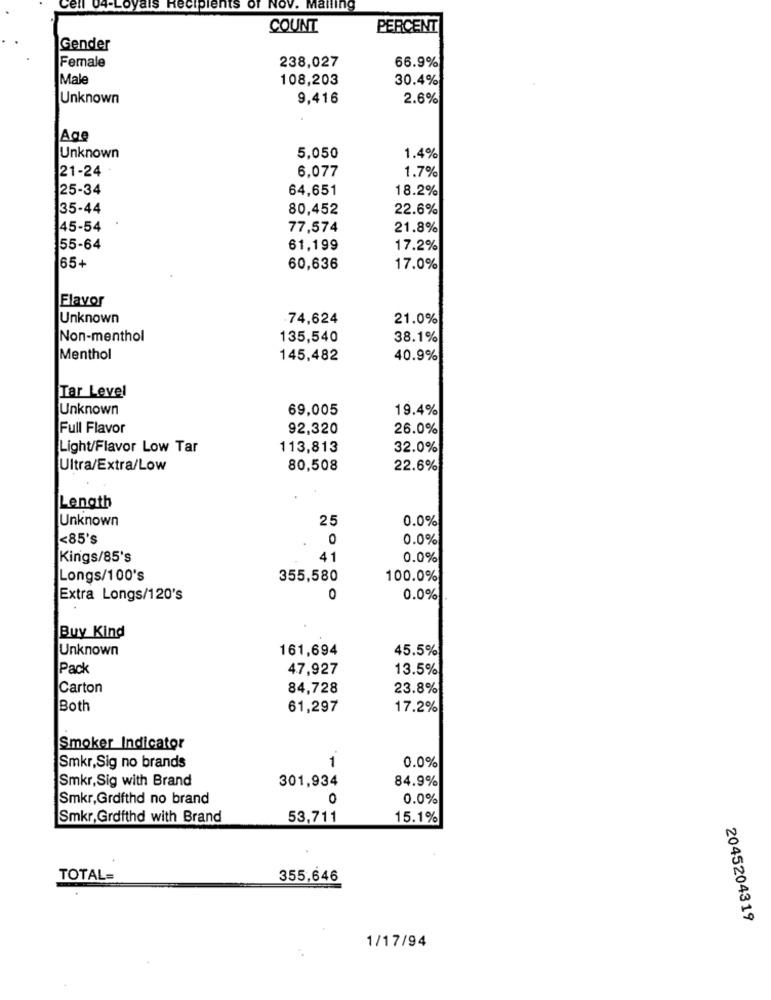
Cell
ils Recipients of Nov. Mailing
COUNT
PERCENT
Gender
Female
238,027
66.9%
Male
108,203
30.4%
Unknown
9,416
2.6%
Age
Unknown
5,050
1.4%
21-24
1.7%
6,077
25-34
64,651
18.2%
35-44
80,452
22.6%
45-54
77,574
21.8%
55-64
61,199
17.2%
65+
60,636
17.0%
Flavor
Unknown
74,624
21.0%
Non-menthol
135,540
38.1%
Menthol
145,482
40.9%
Tar Level
Unknown
69,005
19.4%
Full Flavor
92,320
26.0%
Light/Flavor Low Tar
113,813
32.0%
Ultra/Extra/Low
80,508
22.6%
Length
Unknown
25
0.0%
<85's
0
0.0%
Kings/85's
41
0.0%
Longs/100's
355,580
100.0%
Extra Longs/120's
0
0.0%
Buy Kind
Unknown
161,694
45.5%
Pack
47,927
13.5%
Carton
84,728
23.8%
Both
61,297
17.2%
Smoker Indicator
1
0.0%
Smkr,Sig no brands
Smkr,Sig with Brand
301,934
84.9%
Smkr,Grdfthd no brand
0
0.0%
Smkr, Grdfthd with Brand
53,711
15.1%
TOTAL=
355,646
2045204319
1/17/94